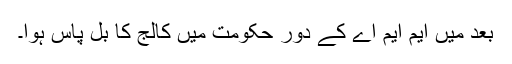
بعد میں ایم ایم اے کے دور حکومت میں کالج کا بل پاس ہوا۔